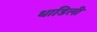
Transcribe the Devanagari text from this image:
धाडिली